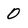
Character: 0